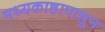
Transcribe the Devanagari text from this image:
मध्यकाष्ठापासून